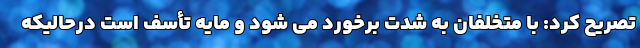
تصریح کرد: با متخلفان به شدت برخورد می شود و مایه تأسف است درحالیکه